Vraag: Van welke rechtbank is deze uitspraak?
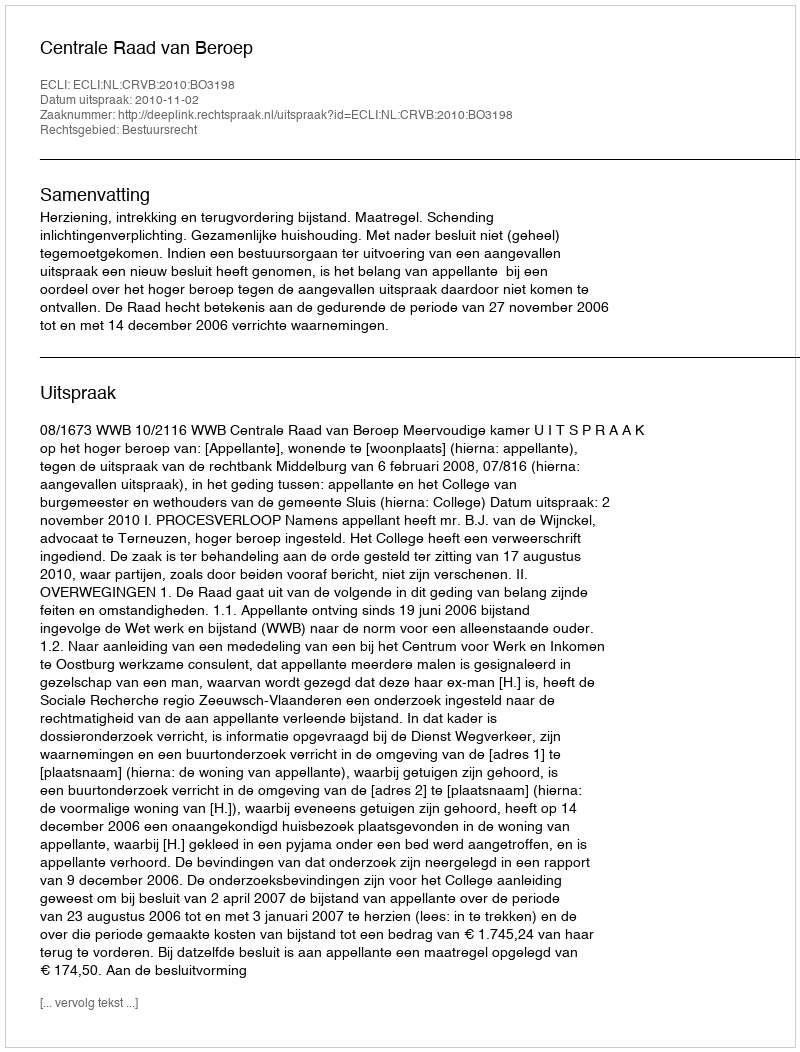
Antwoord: Centrale Raad van Beroep